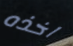
اخذه